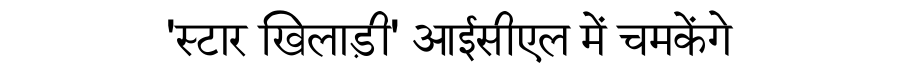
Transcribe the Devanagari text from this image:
'स्टार खिलाड़ी' आईसीएल में चमकेंगे